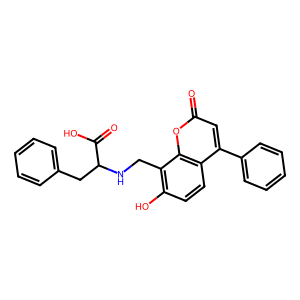
SMILES: O=C(O)C(Cc1ccccc1)NCc1c(O)ccc2c(-c3ccccc3)cc(=O)oc12
Inhibits HIV replication: No